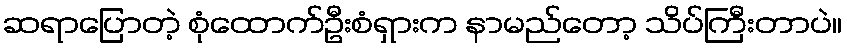
ဆရာပြောတဲ့ စုံထောက်ဦးစံရှားက နာမည်တော့ သိပ်ကြီးတာပဲ။